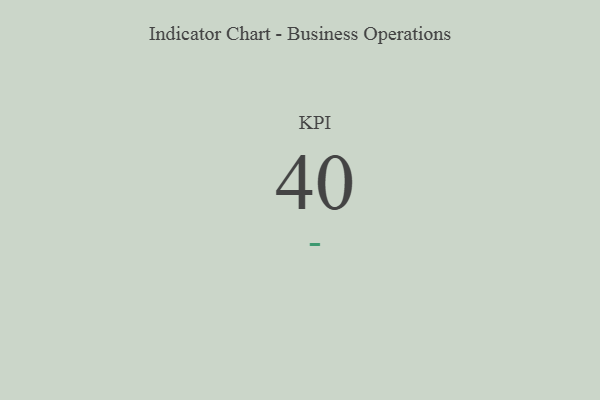
{"axis": {"x": "KPI", "y": "Value"}, "legend": [""], "data": [{"x": "KPI", "y": 40, "type": ""}]}